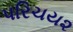
પરિચય૨